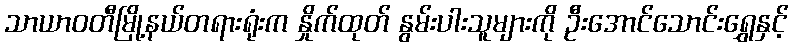
သာယာဝတီမြို့နယ်တရားရုံးက နှိုက်ထုတ် နွမ်းပါးသူများကို ဦးအောင်သောင်းရွှေနှင့်